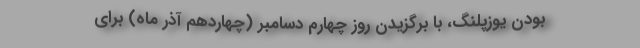
بودن یوزپلنگ، با برگزیدن روز چهارم دسامبر (چهاردهم آذر ماه) برای